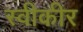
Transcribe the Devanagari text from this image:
स्वीकीर